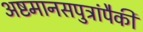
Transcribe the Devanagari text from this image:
अष्टमानसपुत्रांपैकी